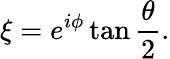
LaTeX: \xi=e^{i\phi}\tan{\frac{\theta}{2}}.